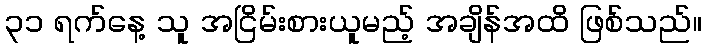
၃၁ ရက်နေ့ သူ အငြိမ်းစားယူမည့် အချိန်အထိ ဖြစ်သည်။